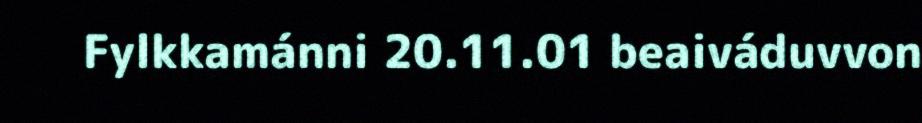
Fylkkamánni 20.11.01 beaiváduvvon